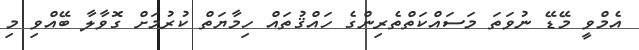
އެމްވީ މޭޑޭ ނުވަތަ މަސައްކަތްތެރިންގެ ހައްޤުތައް ހިމާޔަތް ކުރުމަށް ގޮވާލާ ބޭއްވި މި